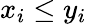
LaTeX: x_{i}\leq y_{i}